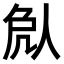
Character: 𠈽